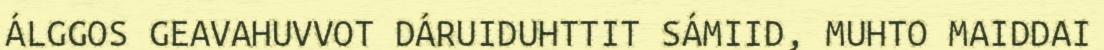
ÁLGGOS GEAVAHUVVOT DÁRUIDUHTTIT SÁMIID, MUHTO MAIDDAI